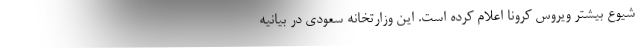
شیوع بیشتر ویروس کرونا اعلام کرده است. این وزارتخانه سعودی در بیانیه